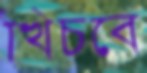
খিচবে